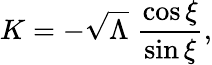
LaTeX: K=-\sqrt{\Lambda}\; \frac{\cos\xi}{\sin\xi},